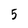
Character: 5